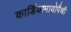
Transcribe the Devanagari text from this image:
कार्डियामायोपैथी